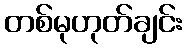
တစ်မုဟုတ်ချင်း